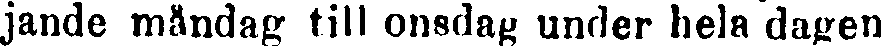
jande måndag till onsdag under hela dagen